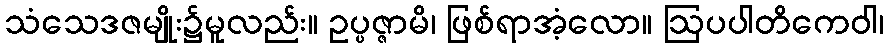
သံသေဒဇမျိုး၌မူလည်း။ ဥပ္ပဇ္ဇာမိ၊ ဖြစ်ရာအံ့လော။ ဩပပါတိကေဝါ၊